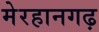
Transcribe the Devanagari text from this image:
मेरहानगढ़